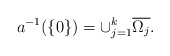
\begin{align*} a^{-1}(\{0\})=\cup_{j=1}^{k} \overline{\Omega_j}.\end{align*}